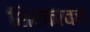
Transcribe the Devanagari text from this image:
शिरकावच